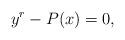
LaTeX: \begin{align*} y^r-P(x)=0,\end{align*}